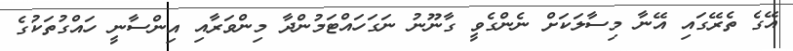
އޭގެ ތެރޭގައި އޭނާ މިސާލަކަށް ނެންގެވީ ގާނޫނު ނަގަހައްޓަމުންދާ މިންވަރާއި އިންސާނީ ހައްގުތަކުގެ